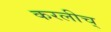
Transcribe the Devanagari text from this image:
करलीच्